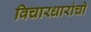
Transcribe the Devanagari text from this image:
विचारधारांची